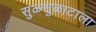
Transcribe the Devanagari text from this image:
सुळसुळाटाला